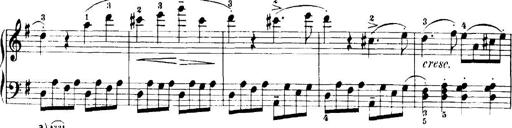
Title: 7 Sonatinas
Composer: Anton Diabelli